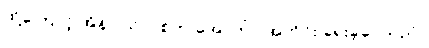
ထို့ကြောင့် အိန်ဂျယ်လ်စ်က အောက်ပါအတိုင်း ရေးခဲ့ပေသည်။